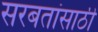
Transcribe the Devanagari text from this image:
सरबतांसाठी